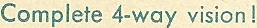
Complete 4-way vision!